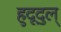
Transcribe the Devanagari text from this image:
हुदूदुल्